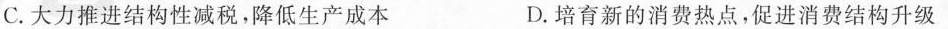
C.大力推进结构性减税，降低生产成本 D.培育新的消费热点，促进消费结构升级